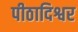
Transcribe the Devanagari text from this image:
पीठादिश्वर